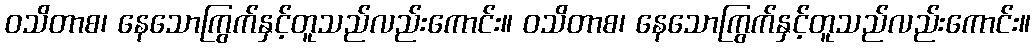
ဝသိတာစ၊ နေသောကြွက်နှင့်တူသည်လည်းကောင်း။ ဝသိတာစ၊ နေသောကြွက်နှင့်တူသည်လည်းကောင်း။